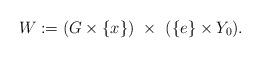
LaTeX: \begin{align*}W:= (G\times \{x\}) \ \times \ (\{e\}\times Y_0).\end{align*}